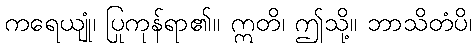
ကရေယျုံ၊ ပြုကုန်ရာ၏။ ဣတိ၊ ဤသို့။ ဘာသိတံပိ၊